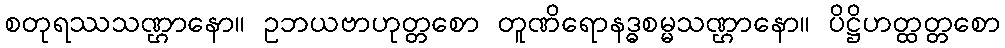
စတုရဿသဏ္ဌာနော။ ဥဘယဗာဟုတ္တစော တူဏိရောနဒ္ဓစမ္မသဏ္ဌာနော။ ပိဋ္ဌိဟတ္ထတ္တစော